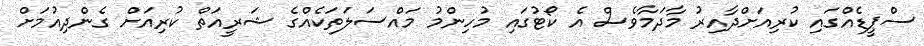
ސްޕީޑެއްގައި ކުރިއަށްދާއިރު މާދަމާވެސް އެ ކޯޓުގައި މުހިންމު މައްސަލަތަކެއްގެ ޝަރީއަތް ކުރިއަށް ގެންދިއުމަށް